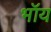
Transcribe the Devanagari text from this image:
भॉय